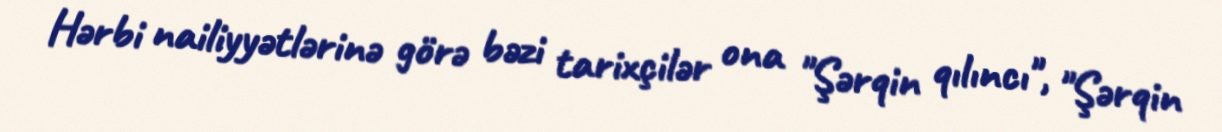
Hərbi nailiyyətlərinə görə bəzi tarixçilər ona "Şərqin qılıncı", "Şərqin